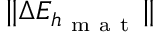
\| \Delta E _ { h _ { \mathrm { ~ m ~ a ~ t ~ } } } \|